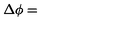
\Delta \phi =